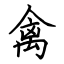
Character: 禽